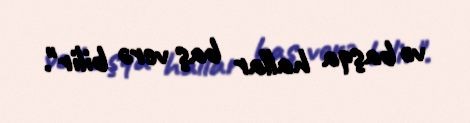
və başqa hallar baş verə bilir".